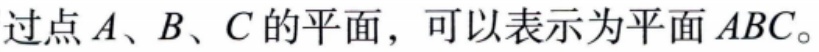
过点\(A\)、\(B\)、\(C\)的平面，可以表示为平面 \(ABC\)。